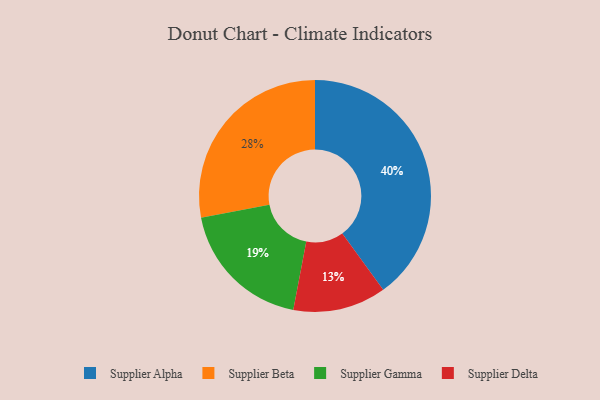
{"axis": {"x": "Category", "y": "Percentage"}, "legend": ["Supplier Alpha", "Supplier Beta", "Supplier Delta", "Supplier Gamma"], "data": [{"x": "Supplier Alpha", "y": 40, "type": "Supplier Alpha"}, {"x": "Supplier Gamma", "y": 19, "type": "Supplier Gamma"}, {"x": "Supplier Beta", "y": 28, "type": "Supplier Beta"}, {"x": "Supplier Delta", "y": 13, "type": "Supplier Delta"}]}